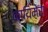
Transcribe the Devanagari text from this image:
कायिमेरा